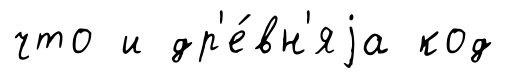
что и др'е́вн'яjа код